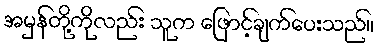
အမှန်တို့ကိုလည်း သူက ဖြောင့်ချက်ပေးသည်။